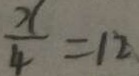
\frac { x } { 4 } = 1 2